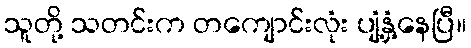
သူတို့ သတင်းက တကျောင်းလုံး ပျံ့နှံ့နေပြီ။